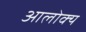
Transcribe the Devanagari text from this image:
आलोक्य